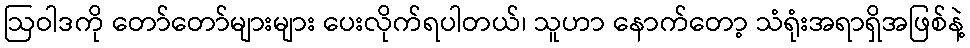
ဩဝါဒကို တော်တော်များများ ပေးလိုက်ရပါတယ်၊ သူဟာ နောက်တော့ သံရုံးအရာရှိအဖြစ်နဲ့